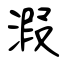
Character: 溊